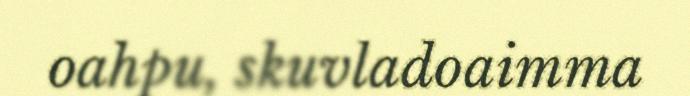
oahpu, skuvladoaimma